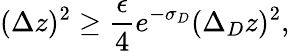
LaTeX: (\Delta z)^{2}\ge{\frac{\epsilon}{4}}e^{-\sigma_{D}}(\Delta_{D}z)^{2},